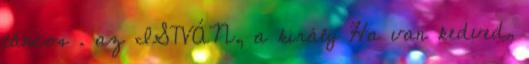
táncos . az ISTVÁN, a király Ha van kedved,